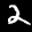
Label: 2